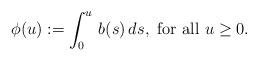
LaTeX: \begin{align*} \phi(u):=\int_0^u\,b(s)\,ds,\mbox{ for all }u\geq 0.\end{align*}